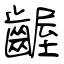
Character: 齷